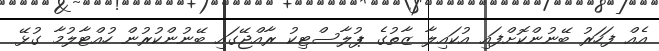
އެއް ފަހަރު ބޭނުންކޮށްފައި އުކައިލާ ޒާތުގެ ޕުލާސްޓިކު ރާއްޖޭގައި ބޭނުންކުރުން ހުއްޓާލުމާ ގުޅޭ